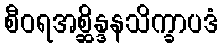
စီဝရအစ္ဆိန္ဒနသိက္ခာပဒံ